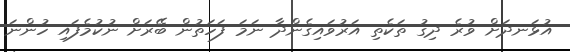
އުޅަނދަށް ވުރެ ދިގު ތަކެތި އަރުވައިގެންދާ ނަމަ ފަހަތުން ބޭރަށް ނުކުމެފައި ހުންނަ